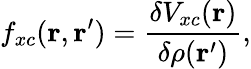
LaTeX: f_{xc}(\mathbf{r},\mathbf{r}^{\prime})=\frac{\delta V_{xc}(\mathbf{r})}{\delta\rho(\mathbf{r}^{\prime})},